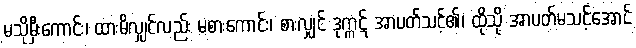
မသိုမှီးကောင်း၊ ထားမိလျှင်လည်း မစားကောင်း၊ စားလျှင် ဒုက္ကဋ် အာပတ်သင့်၏၊ ထိုသို့ အာပတ်မသင့်အောင်